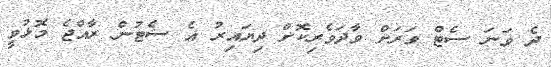
ދެ ވަނަ ސެޓް ވަރަށް ވާދަވެރިކޮށް ދިޔައިރު އެ ސެޓުން ރާއްޖެ މޮޅުވީ